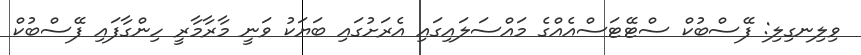
ވިލިނގިލި: ފޭސްބުކް ސްޓޭޓަސްއެއްގެ މައްސަލައިގައި އެރަށުގައި ބަޔަކު ވަނީ މާރާމާރީ ހިންގާފައި ފޭސްބުކް